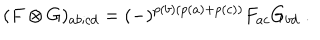
( F \otimes G ) _ { a b ; c d } = ( - ) ^ { p ( b ) ( p ( a ) + p ( c ) ) } F _ { a c } G _ { b d } \; .